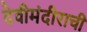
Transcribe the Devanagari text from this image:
देवीमंदीराची